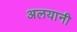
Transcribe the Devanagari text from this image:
अलयानी